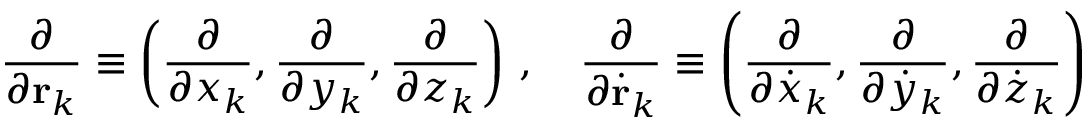
{ \frac { \partial } { \partial \mathbf { r } _ { k } } } \equiv \left( { \frac { \partial } { \partial x _ { k } } } , { \frac { \partial } { \partial y _ { k } } } , { \frac { \partial } { \partial z _ { k } } } \right) \, , \quad { \frac { \partial } { \partial { \dot { \mathbf { r } } } _ { k } } } \equiv \left( { \frac { \partial } { \partial { \dot { x } } _ { k } } } , { \frac { \partial } { \partial { \dot { y } } _ { k } } } , { \frac { \partial } { \partial { \dot { z } } _ { k } } } \right)